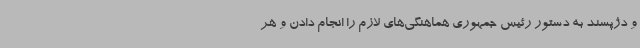
و دژپسند به دستور رئیس جمهوری هماهنگی‌های لازم را انجام دادن و هر